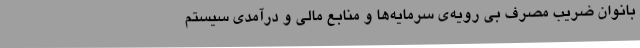
بانوان ضریب مصرف بی رویه‌ی سرمایه‌ها و منابع مالی و درآمدی سیستم